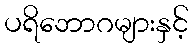
ပရိဘောဂများနှင့်